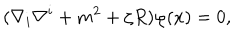
( \nabla _ { i } \nabla ^ { i } + m ^ { 2 } + \zeta R ) \varphi ( x ) = 0 ,